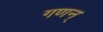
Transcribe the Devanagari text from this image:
गणन्